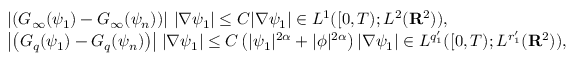
\begin{array} { r l } & { \left| \left( G _ { \infty } ( \psi _ { 1 } ) - G _ { \infty } ( \psi _ { n } ) \right) \right| \, | \nabla \psi _ { 1 } | \leq C | \nabla \psi _ { 1 } | \in L ^ { 1 } ( [ 0 , T ) ; L ^ { 2 } ( { \mathbf R } ^ { 2 } ) ) , } \\ & { \left| \left( G _ { q } ( \psi _ { 1 } ) - G _ { q } ( \psi _ { n } ) \right) \right| \, | \nabla \psi _ { 1 } | \leq C \left( | \psi _ { 1 } | ^ { 2 \alpha } + | \phi | ^ { 2 \alpha } \right) | \nabla \psi _ { 1 } | \in L ^ { q _ { 1 } ^ { \prime } } ( [ 0 , T ) ; L ^ { r _ { 1 } ^ { \prime } } ( { \mathbf R } ^ { 2 } ) ) , } \end{array}